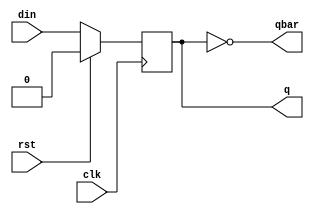
module dff (input clk,rst,din,output reg q,output qbar);
 always @(posedge clk)begin
 if(rst)
 q<=0;
 else
 q<=din;
 end
 assign qbar=~q;
endmodule

module mod2(input clk,rst,output cnt,output q,qbar);
 wire d;
 dff f1(clk,rst,d,q,qbar);
 assign d=qbar;
 assign cnt=q;
endmodule

module tb;
 reg clk,rst;
 wire cnt,q,qbar;
 mod2 dut(clk,rst,cnt,q,qbar);
 always #5 clk=~clk;
 initial begin
 clk=0;rst=1;
 #20 rst=0;
 #100 $finish();
 end
 initial
 $monitor($time," clk=%b,rst=%b,cnt=%b",clk,rst,cnt);
endmodule